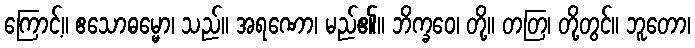
ကြောင့်။ ဧသောဓမ္မော၊ သည်။ အရဏော၊ မည်၏။ ဘိက္ခဝေ၊ တို့။ တတြ၊ တို့တွင်။ ဘူတော၊